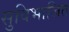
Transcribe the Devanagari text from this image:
सुविभाजित